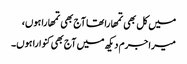
میں کل بھی تمھارا تھا آج بھی تمھارا ہوں،
میرا جرم دیکھ میں آج بھی کنوارا ہوں۔